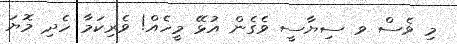
މި ވެސް ވ ސިޔާސީ ވެގެން އުޅޭ މީހެއް! ވެރިކަމާ ހެދި މޮޔަ